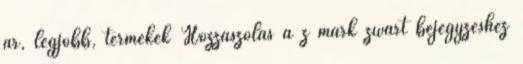
ár, legjobb, termékek Hozzászólás a z mark zwart bejegyzéshez